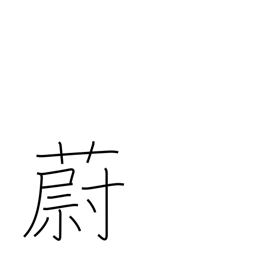
Meaning: dense growth